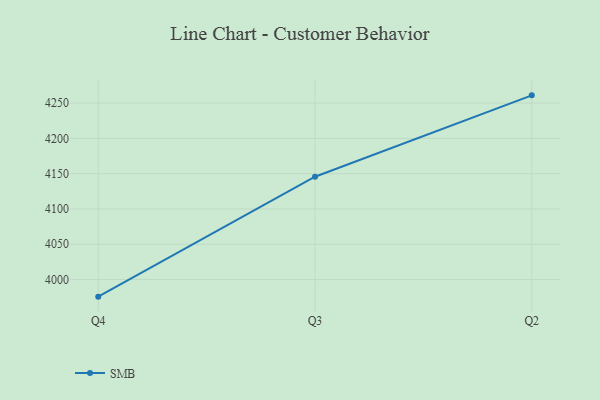
{"axis": {"x": "Quarter", "y": "Market Share (%)"}, "legend": ["SMB"], "data": [{"x": "Q4", "y": 3975.8, "type": "SMB"}, {"x": "Q3", "y": 4145.7, "type": "SMB"}, {"x": "Q2", "y": 4260.9, "type": "SMB"}]}